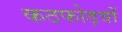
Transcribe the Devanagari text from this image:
कठफोड़वों